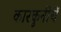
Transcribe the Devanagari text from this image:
कारकुनीचें